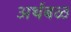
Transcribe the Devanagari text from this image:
अर्थबळ